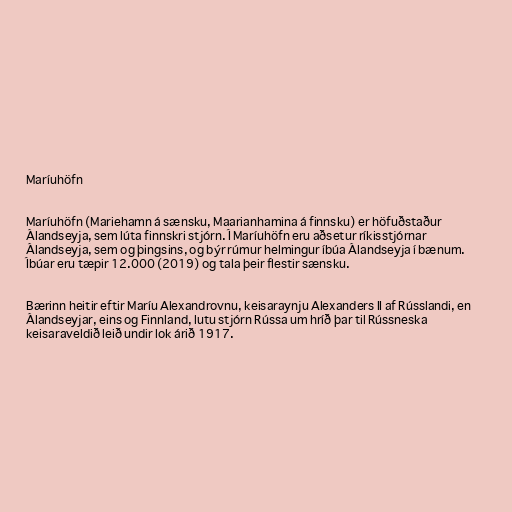
Maríuhöfn

Maríuhöfn (Mariehamn á sænsku, Maarianhamina á finnsku) er höfuðstaður
Álandseyja, sem lúta finnskri stjórn. Í Maríuhöfn eru aðsetur ríkisstjórnar
Álandseyja, sem og þingsins, og býr rúmur helmingur íbúa Álandseyja í bænum.
Íbúar eru tæpir 12.000 (2019) og tala þeir flestir sænsku.

Bærinn heitir eftir Maríu Alexandrovnu, keisaraynju Alexanders II af Rússlandi, en
Álandseyjar, eins og Finnland, lutu stjórn Rússa um hríð þar til Rússneska
keisaraveldið leið undir lok árið 1917.